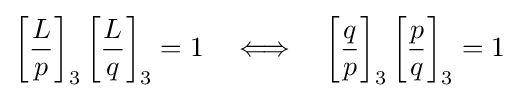
\left[{\frac {L}{p}}\right]_{3}\left[{\frac {L}{q}}\right]_{3}=1\quad \Longleftrightarrow \quad \left[{\frac {q}{p}}\right]_{3}\left[{\frac {p}{q}}\right]_{3}=1